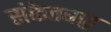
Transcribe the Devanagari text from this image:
संकेतबाहु